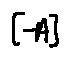
[ - A ]